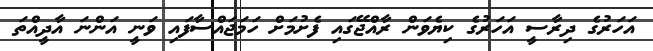
އަހަރުގެ ދިރާސީ އަހަރުގެ ކިޔެވަން ރާއްޖޭގައި ފެށުމަށް ހަމަޖައްސާފައި ވަނީ އަންނަ އާދީއްތަ